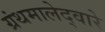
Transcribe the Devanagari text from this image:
ग्रंथमालेद्वारे